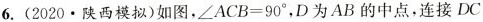
6.(2020.陕西模拟)如图，$$\angle ACB=90^{\circ}$$，D为AB的中点，连接DC